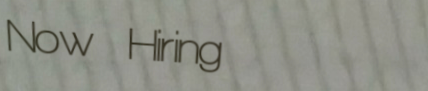
Now Hiring